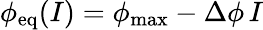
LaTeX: \phi_{\mathrm{eq}}(I)=\phi_{\mathrm{max}}-\Delta\phi\, I